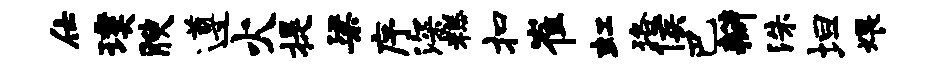
仕璞腴遵火提梁序深糕扣崔虹珞侯巴瓣洙坦煨